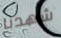
شهدنا